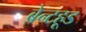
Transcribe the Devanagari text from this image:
ब्रेन्टहूड